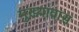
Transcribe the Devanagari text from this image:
मुख्यावास